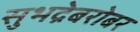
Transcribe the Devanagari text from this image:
सुभद्रेबरोबर